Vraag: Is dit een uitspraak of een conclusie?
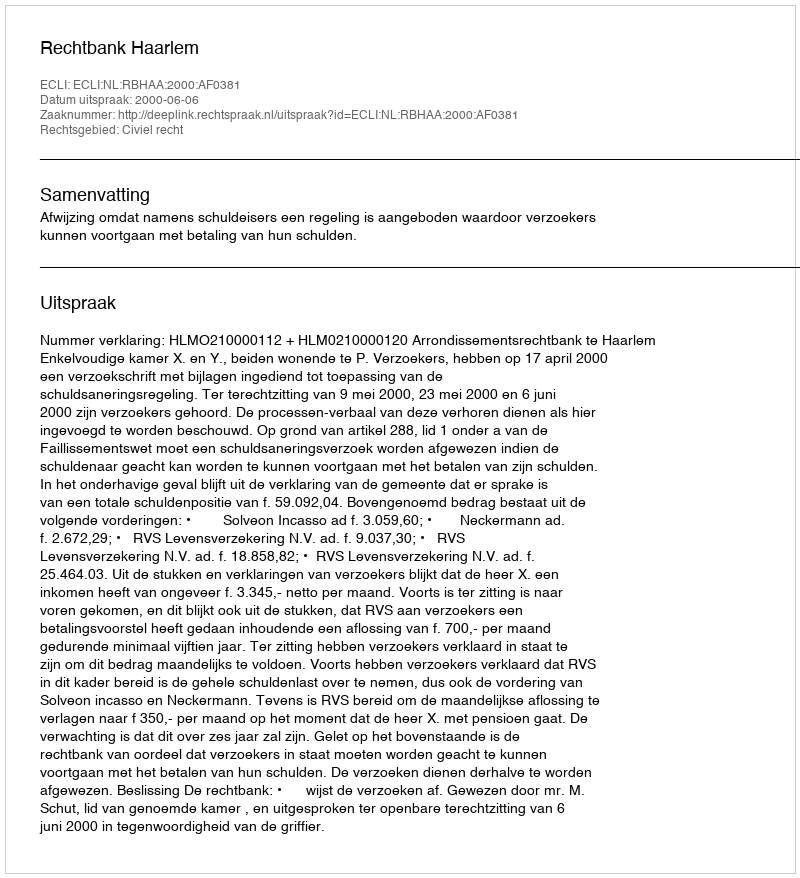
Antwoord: Uitspraak